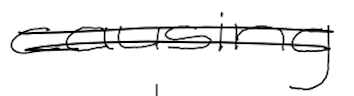
Text: causing
Cross-out: double-line
Writing tool: digital_black